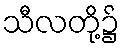
သီလတို့၌